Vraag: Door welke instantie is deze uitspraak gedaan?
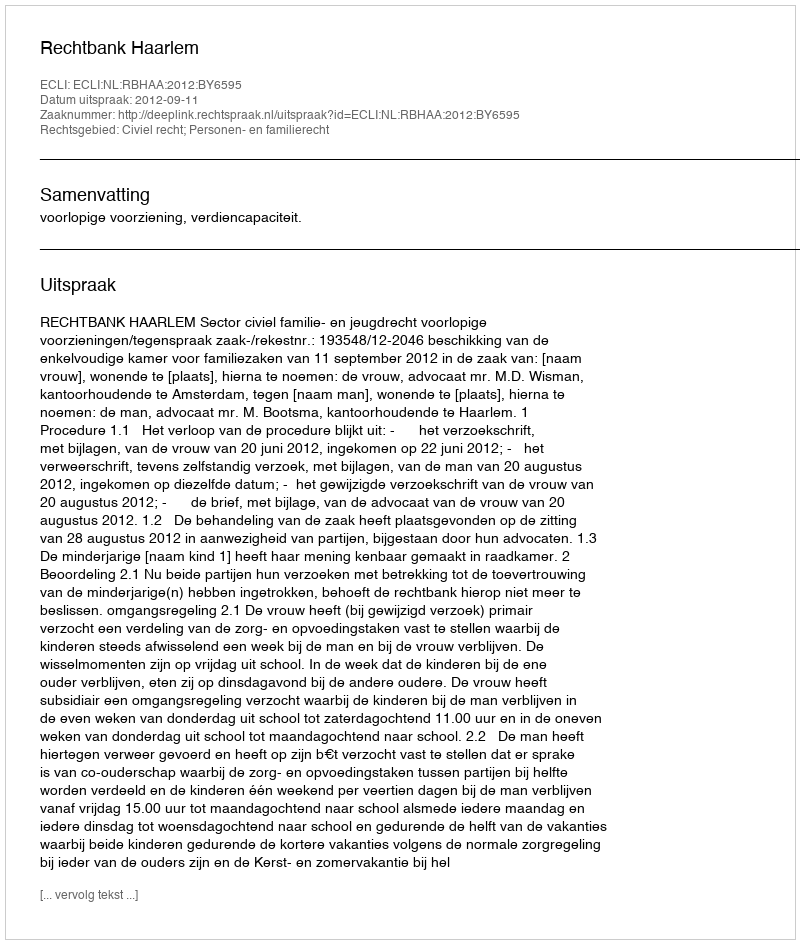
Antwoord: Rechtbank Haarlem